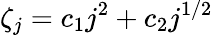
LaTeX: \zeta_{j}=c_{1}j^{2}+c_{2}j^{1/2}